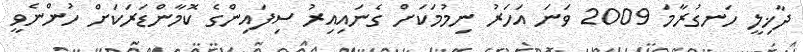
ދާޚިލީ ހަނގުރާމަ 2009 ވަނަ އަހަރު ނިމުމަކަށް ގެނައިއިރު ސިފައިންގެ ކޮމާންޑަރަކަށް ހުންނެވީ